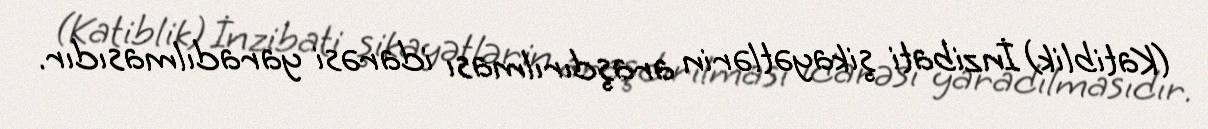
(Katiblik) İnzibati şikayətlərin araşdırılması idarəsi yaradılmasıdır.